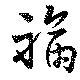
福